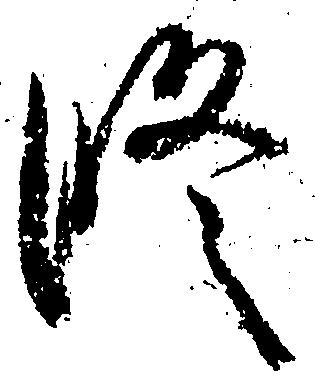
修